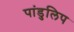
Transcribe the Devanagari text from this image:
पांडुलिप